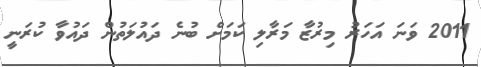
2011 ވަނަ އަހަރު މިރުޒާ މަރާލި ކަމަށް ބުނެ ދައުލަތުން ދައުވާ ކުރަނީ